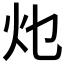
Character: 𭴂